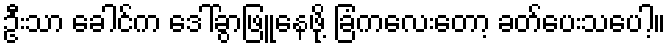
ဦးသာ ခေါင်က ဒေါ်ခွာဖြူနေဖို့ ခြံကလေးတော့ ခတ်ပေးသပေါ့။